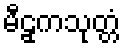
မီဠှကသုတ္တံ